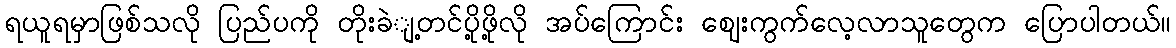
ရယူရမှာဖြစ်သလို ပြည်ပကို တိုးခဲျ့တင်ပို့ဖို့လို အပ်ကြောင်း ဈေးကွက်လေ့လာသူတွေက ပြောပါတယ်။